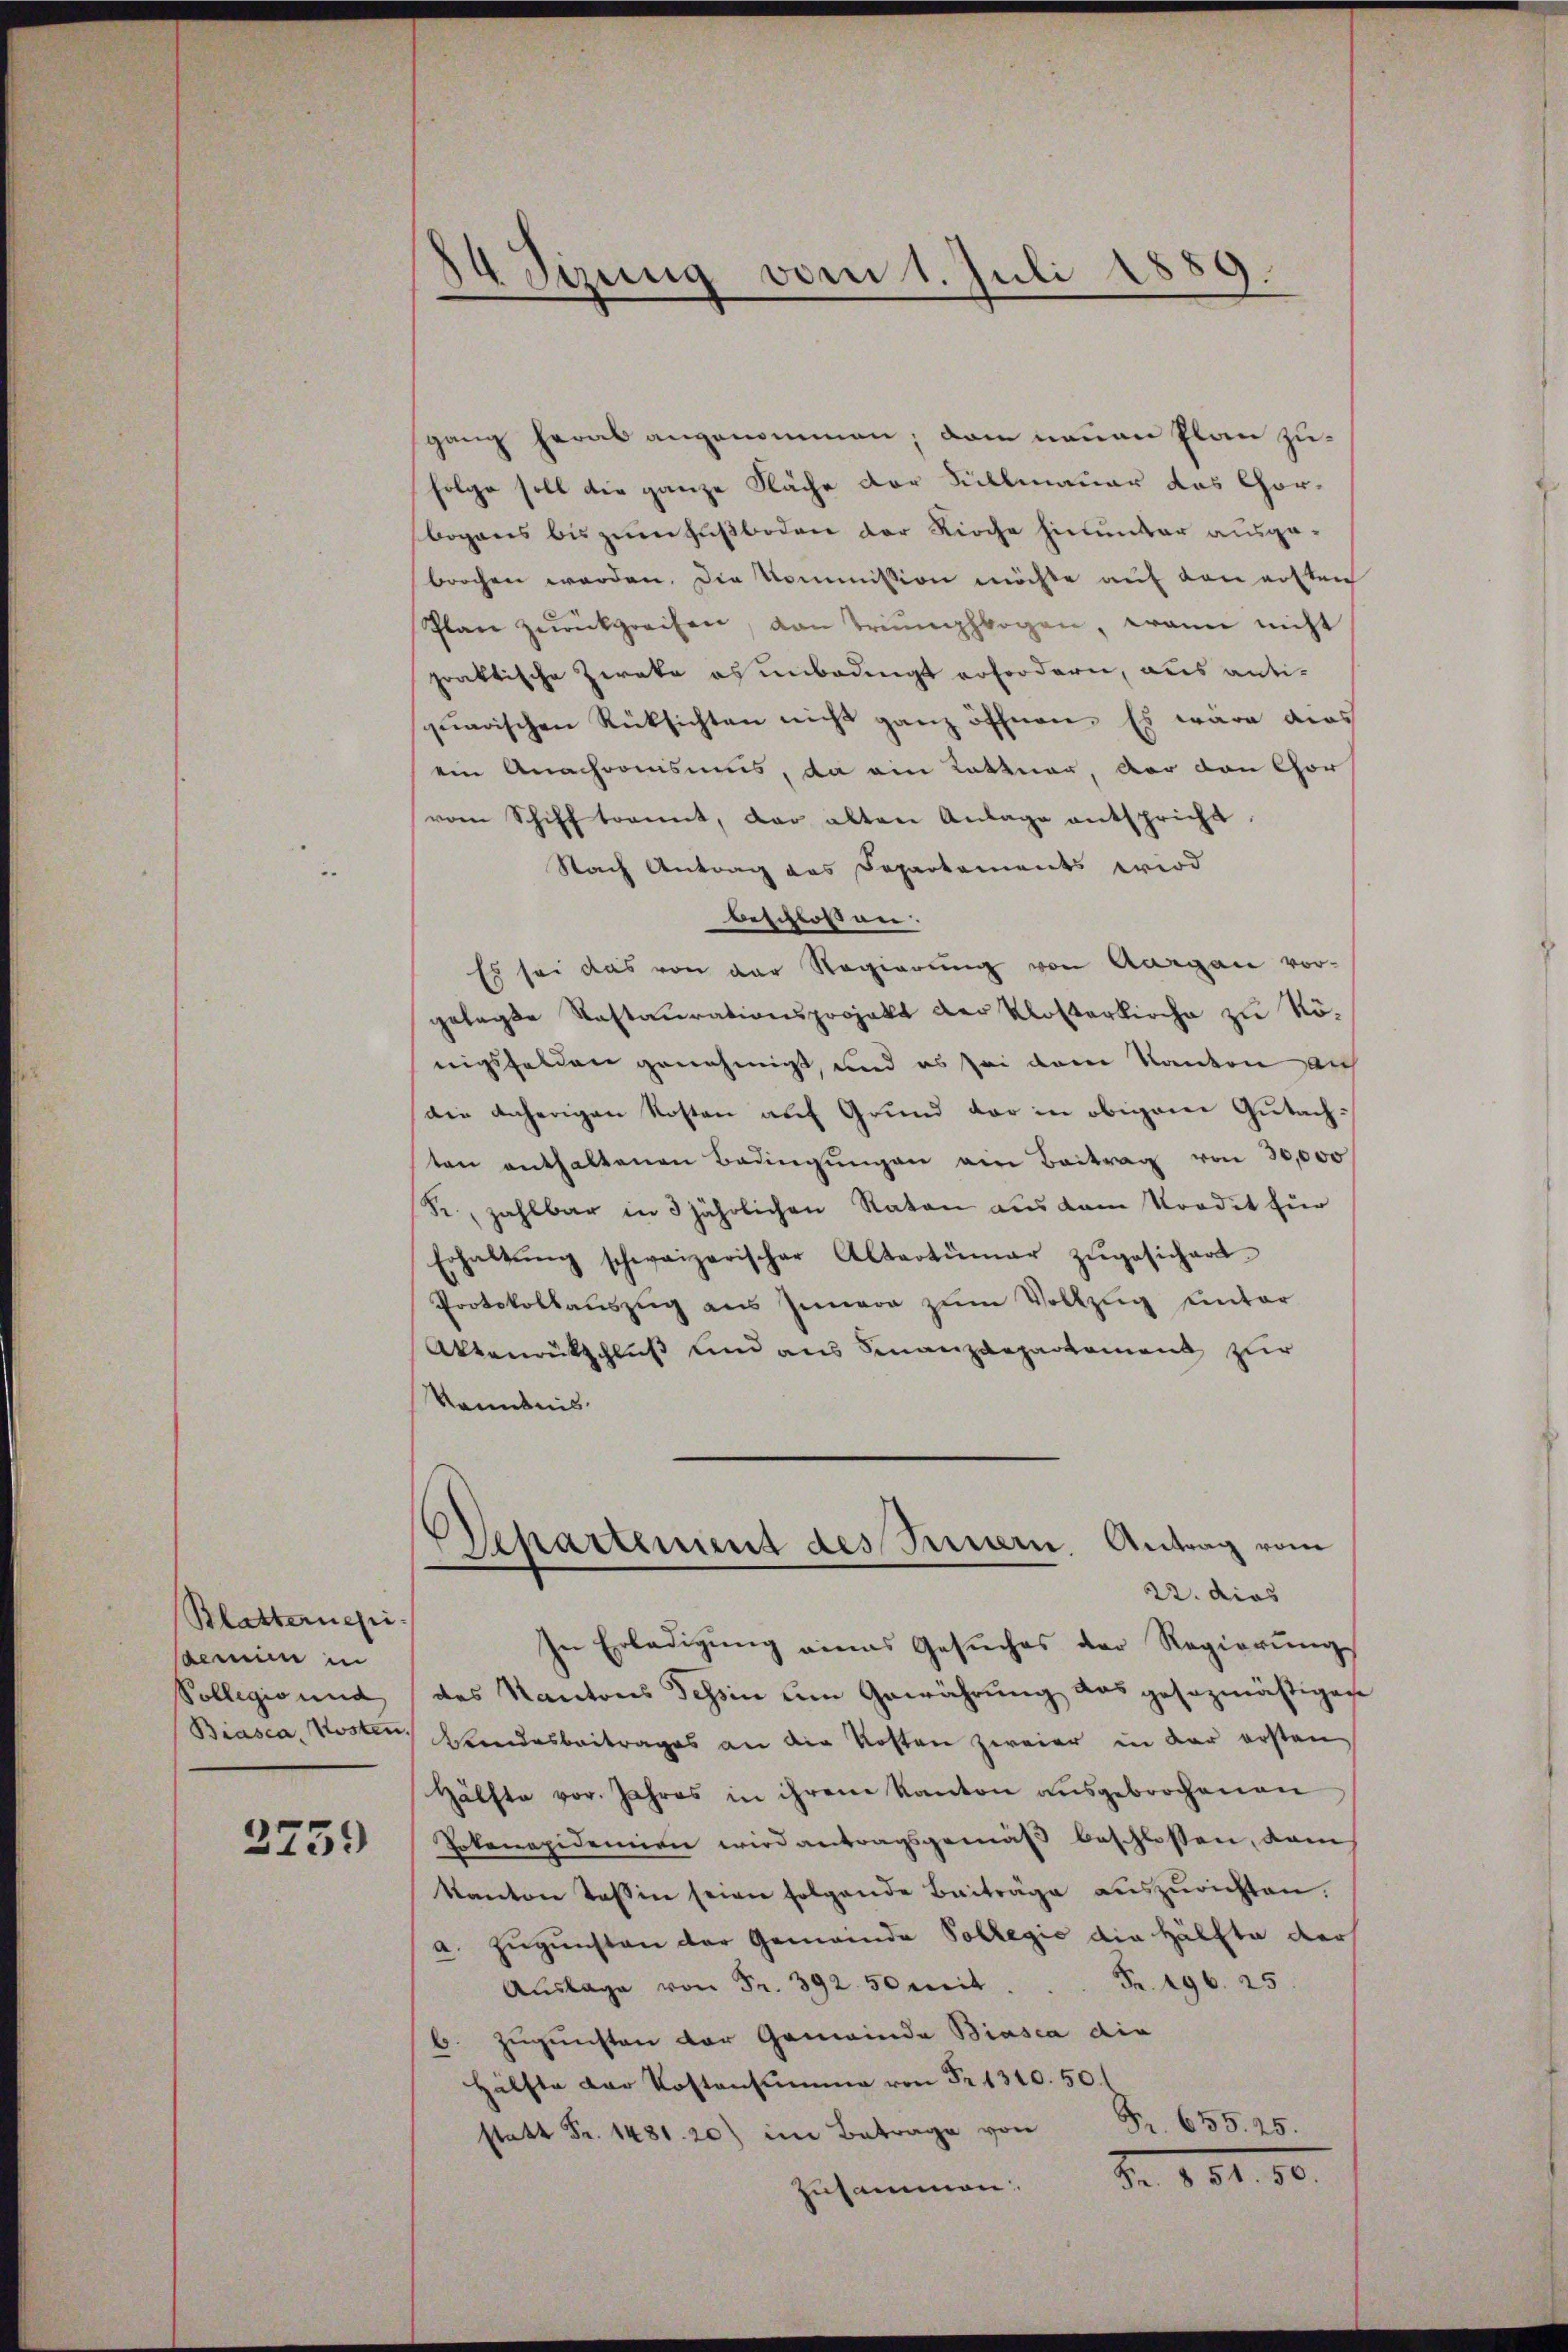
Blatternegi-
emein in
Collegio und
Biasca, Kosten.

2759

34 Sizung vom 1. Juli 1889.

gang herab angenommen; dem neuen Plan zufolge soll die ganze Fläche der Sillmauer das Chor-
bogens bis zum Fußboden der Kirche hinunter ausgebrochen werden. Die Kommission möchte auf von ersten
Plan zŭrückgreifen, von Triumphbogen, wann nicht
praktische Zweke es unbedingt erfordern, aus anti-
piarischen Rüksichten nicht ganz öffnen. Es wäre dies
ein Anachromismus, da am Kattuar, vor den Chor
vom Schiff trannt, der alten Anlage entspricht
Nach Antrag des Departements wird
beschlossen.
Es sei das von der Regierung von Aargau vorgelegte Kastaurationsprojekt der Klosterkirche zu Rönigsfelden genehmigt, und es sei dem Kanton auf
die daherigen Kosten auf Grund der in obigem Gutachten enthaltenen Bedingŭngen am Beitrag von 30,000
R. zahlbar in 3 jährlichen Raten aus dem Vordet für
Erhaltŭng schweizerischer Altertümer zŭgesichert
Protokollauszug aus Innern zum Vollzug unter
Aktenrückschluß und aus Finanzdepartement zur
kanntnis
Departement des Fernern. Antrag vom
22. dies
In Erledigung eines Gesŭches der Regierŭng
des Kantons Tessin um Gewährung das gesezmäßigen
Wandesbeitrages an die Kosten zweier in der ersten
Hälfte vor. Jahres in ihrem Kanton ausgebrochenen
Tokonapidemien wird antragsgemäß beschlossen, dam
Kanton Tessin seine folgende Beiträge aŭszŭrichten.
a. Zugunsten der Gemeinde Sollegio die Hälfte der
Fr. 196. 25
Aŭslage von Fr. 392.50 mit
6. Zugunsten der Gemeinde Biasca die
Hälfte der Kostensumme von Fr. 1310. 50.
Fr. 655. 25.
statt Fr. 1481. 20) im Betrage von
Nr. 181. 80.
zusammen.